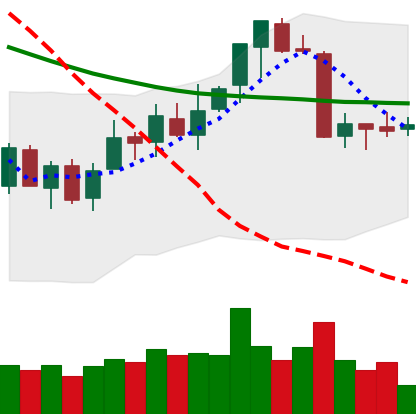
Ticker: ETC-USD
Chart end date: 2018-07-14
Forward return: 5.848%
Label: up_5_7